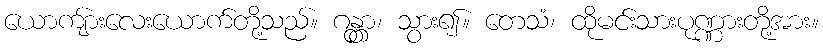
ယောကျ်ားလေးယောက်တို့သည်။ ဂန္တွာ၊ သွား၍။ တေသံ၊ ထိုမင်းသားပုဏ္ဏားတို့အား။